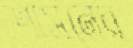
শাসনের